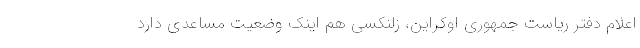
اعلام دفتر ریاست جمهوری اوکراین، زلنکسی هم اینک وضعیت مساعدی دارد